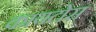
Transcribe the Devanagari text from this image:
कायटोस